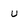
Character: u